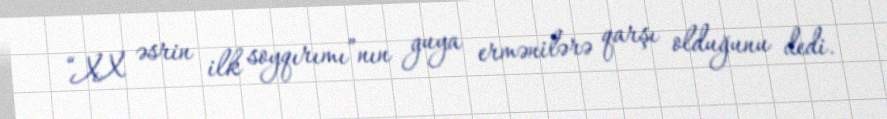
“XX əsrin ilk soyqırımı”nın guya ermənilərə qarşı olduğunu dedi.